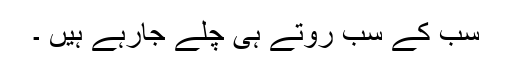
سب کے سب روتے ہی چلے جارہے ہیں ۔